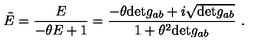
\tilde { E } = \frac { E } { - \theta E + 1 } = \frac { - \theta \mathrm { d e t } g _ { a b } + i \sqrt { \mathrm { d e t } g _ { a b } } } { 1 + \theta ^ { 2 } \mathrm { d e t } g _ { a b } } \ .